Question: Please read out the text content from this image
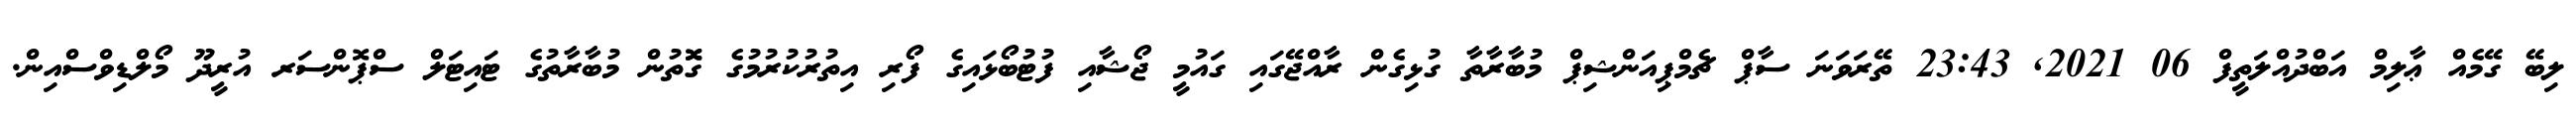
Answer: ލިބޭ ގޭމެއް ޢާލިމް އަބްދުއްލަތީފް 06 2021, 23:43 ތޭރަވަނަ ސާޕް ޗެމްޕިއަންޝިޕް މުބާރާތާ ގުޅިގެން ރާއްޖޭގައި ގައުމީ ޖޯޝާއި ފުޓުބޯޅައިގެ ފޯރި އިތުރުކުރުމުގެ ގޮޮތުން މުބާރާތުގެ ޓައިޓަލް ސްޕޮންސަރ އުރީދޫ މޯލްޑިވްސްއިން.